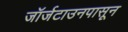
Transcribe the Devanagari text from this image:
जॉर्जटाउनपासून